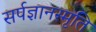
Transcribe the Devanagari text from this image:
सर्पज्ञानस्मृति